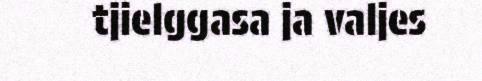
tjielggasa ja valjes